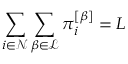
\sum _ { i \in \mathcal { N } } \sum _ { \beta \in \mathcal { L } } \pi _ { i } ^ { \left[ \beta \right] } = L